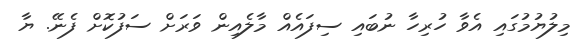
މިލުޔުމުގައި އެވާ ހުރިހާ ނުބައި ސިފައެއް މާލެއިން ވަރަށް ސަފުކޮށް ފެނޭ. ޔާ